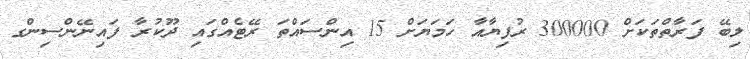
ލިބޭ ފަރާތްތަކަށް 300000 ރުފިޔާއާ ހަމަޔަށް 15 އިންސައްތަ ރޭޓެއްގައި ދޫކުރާ ފައިނޭންސިންގ